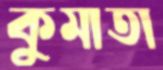
কুমাতা